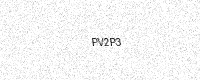
Text: PV2P3